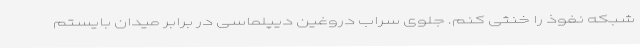
شبکه نفوذ را خنثی کنم. جلوی سراب دروغین دیپلماسی در برابر میدان بایستم